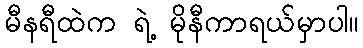
မီနရီထဲက ရဲ့ မိုနီကာရယ်မှာပါ။